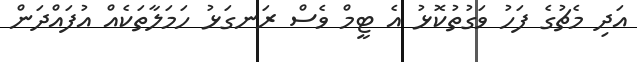
އަދި މެޗުގެ ފަހު ވަގުތުކޮޅު އެ ޓީމް ވެސް ރަނގަޅު ހަމަލާތަކެއް އުފައްދަން